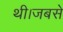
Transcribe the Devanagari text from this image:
थी।जबसे